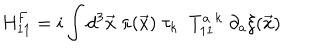
LaTeX: \mathrm { H } _ { 1 1 } ^ { F } = i \int d ^ { 3 } { \vec { x } } \; \pi ( { \vec { x } } ) \; \tau _ { k } \; \; T _ { 1 1 } ^ { a \; k } \; \partial _ { a } { \xi } ( \vec { x } )